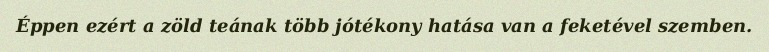
Éppen ezért a zöld teának több jótékony hatása van a feketével szemben.